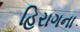
હિરાગના